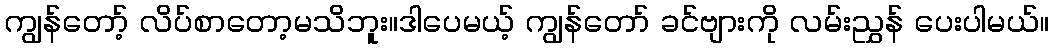
ကျွန်တော့် လိပ်စာတော့မသိဘူး။ဒါပေမယ့် ကျွန်တော် ခင်ဗျားကို လမ်းညွှန် ပေးပါမယ်။